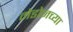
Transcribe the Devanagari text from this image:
मेडोजच्या